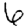
Digit: 6